Report of the Indian Hemp Drugs Commission, 1894-1895 - Volume V
Year: 1894
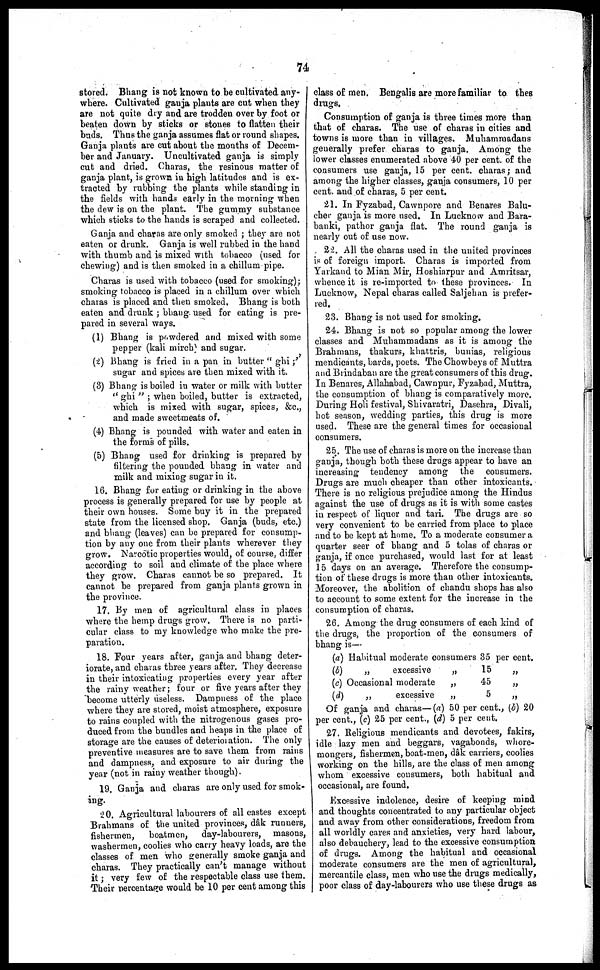
74
stored. Bhang is not known to be cultivated any-
where. Cultivated ganja plants are cut when they
are not quite dry and are trodden over by foot or
beaten down by sticks or stones to flatten their
buds. Thus the ganja assumes flat or round shapes.
Ganja plants are cut about the months of Decem-
ber and January. Uncultivated ganja is simply
cut and dried. Charas, the resinous matter of
ganja plant, is grown in high latitudes and is ex-
tracted by rubbing the plants while standing in
the fields with hands early in the morning when
the dew is on the plant. The gummy substance
which sticks to the hands is scraped and collected.
Ganja and charas are only smoked ; they are not
eaten or drunk. Ganja is well rubbed in the hand
with thumb and is mixed with tobacco (used for
chewing) and is then smoked in a chillum pipe.
Charas is used with tobacco (used for smoking);
smoking tobacco is placed in a chillum over which
charas is placed and then smoked, Bhang is both
eaten and drunk ; bhang used for eating is pre-
pared in several ways.
(1) Bhang is powdered and mixed with some
pepper (kali mirch and sugar.
(2) Bhang is fried in a pan in butter "ghi ;''
sugar and spices are then mixed with it.
(3) Bhang is boiled in water or milk with butter
"ghi"
; when boiled, butter is extracted,
which is mixed with sugar, spices, &c.,
and made sweetmeats of.
(4) Bhang is pounded with water and eaten in
the forms of pills.
(5) Bhang used for drinking is prepared by
filtering the pounded bhang in water and
milk and mixing sugar in it.
16. Bhang for eating or drinking in the above
process is generally prepared for use by people at
their own houses. Some buy it in the prepared
state from the licensed shop. Ganja (buds, etc)
and bhang (leaves) can be prepared for consump-
tion by any one from their plants wherever they
grow. Narcotic properties would, of course, differ
according to soil and climate of the place where
they grow. Charas cannot be so prepared. It
cannot be prepared from ganja plants grown in
the province.
17. By men of agricultural class in places
where the hemp drugs grow. There is no parti-
cular class to my knowledge who make the pre-
paration.
18. Four years after, ganja and bhang deter-
iorate, and charas three years after. They decrease
in their intoxicating properties every year after
the rainy weather ; four or five years after they
become utterly useless. Dampness of the place
where they are stored, moist atmosphere, exposure
to rains coupled with the nitrogenous gases pro-
duced from the bundles and heaps in the place of
storage are the causes of deterioration. The only
preventive measures are to save them from rains
and dampness, and exposure to air during the
year (not in rainy weather though).
19. Ganja and charas are only used for smok-
ing.
20. Agricultural labourers of all castes except
Brahmans of the united provinces, dâk runners,
fishermen,
boatmen, day-labourers, masons,
washermen, coolies who carry heavy loads, are the
classes of men who generally smoke ganja and
charas. They practically can't manage without
it ; very few of the respectable class use them.
Their percentage would be 10 per cent among this
class of men. Bengalis are more familiar to thes
drugs.
Consumption of ganja is three times more than
that of charas. The use of charas in cities and
towns is more than in villages. Muhamraadans
generally prefer charas to ganja. Among the
lower classes enumerated above 40 per cent. of the
consumers use ganja, 15 per cent. charas ; and
among the higher classes, ganja consumers, 10 per
cent. and of charas, 5 per cent.
21. In Fyzabad, Cawnpore and Benares Balu-
cher ganja is more used. In Lucknow and Bara-
banki, pathor ganja flat. The round ganja is
nearly out of use now.
22. All the charas used in the united provinces
is of foreign import. Charas is imported from
Yarkand to Mian Mir, Hoshiarpur and Amritsar,
whence it is re-imported to these provinces. In
Lucknow, Nepal charas called Saljehan is prefer-
red.
23. Bhang is not used for smoking.
24. Bhang is not so popular among the lower
classes and Muhammadans as it is among the
Brahmans, thakurs, khattris, bunias, religious
mendicants, bards, poets. The Chowbeys of Muttra
and Brindaban are the great consumers of this drug.
In Benares, Allahabad, Cawnpur, Fyzabad, Muttra,
the consumption of bhang is comparatively more.
During Holi festival, Shivaratri, Dasehra, Divali,
hot season, wedding parties, this drug is more
used. These are the general times for occasional
consumers.
25. The use of charas is more on the increase than
ganja, though both these drugs appear to have an
increasing tendency among the consumers.
Drugs are much cheaper than other intoxicants.
There is no religious prejudice among the Hindus
against the use of drugs as it is with some castes
in respect of liquor and tari. The drugs are so
very convenient to be carried from place to place
and to be kept at home. To a moderate consumer a
quarter seer of bhang and 5 tolas of charas or
ganja, if once purchased, would last for at least
15 days on an average. Therefore the consump-
tion of these drugs is more than other intoxicants.
Moreover, the abolition of chandu shops has also
to account to some extent for the increase in the
consumption of charas.
26. Among the drug consumers of each kind of
the drugs, the proportion of the consumers of
bhang is—
(a)
(b)
(c)
(d)
Habitual moderate consumers
„
excessive
Occasional moderate
„
excessive
„
„
„
35
15
45
5
per cent.
„
„
„
Of ganja and charas—(a) 50 per cent., (b) 20
per cent., (c) 25 per cent., (d) 5 per cent.
27. Religious mendicants and devotees, fakirs,
idle lazy men and beggars, vagabonds, whore-
mongers, fishermen, boat-men, dak carriers, coolies
working on the hills, are the class of men among
whom excessive consumers, both habitual and
occasional, are found.
Excessive indolence, desire of keeping mind
and thoughts concentrated to any particular object
and away from other considerations, freedom from
all worldly cares and anxieties, very hard labour,
also debauchery, lead to the excessive consumption
of drugs. Among the habitual and occasional
moderate consumers are the men of agricultural,
mercantile class, men who use the drugs medically,
poor class of day-labourers who use these drugs as